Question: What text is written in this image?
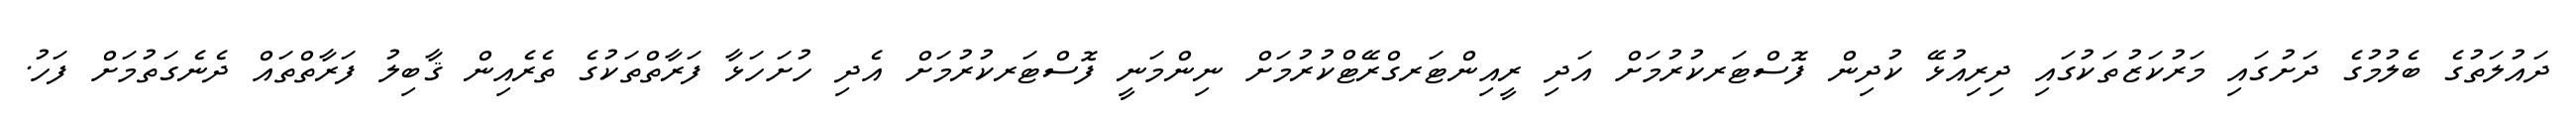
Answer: ދައުލަތުގެ ބެލުމުގެ ދަށުގައި މަރުކަޒުތަކުގައި ދިރިއުޅޭ ކުދިން ފޮސްޓަރކުރުމަށް އަދި ރީއިންޓަރގްރޭޓްކުރުމަށް ނިންމަނީ ފޮސްޓަރކުރުމަށް އެދި ހުށަހަޅާ ފަރާތްތަކުގެ ތެރެއިން ޤާބިލު ފަރާތްތައް ދެނެގަތުމަށް ފަހު.